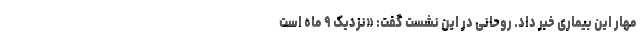
مهار این بیماری خبر داد. روحانی در این نشست گفت: «نزدیک ۹ ماه است